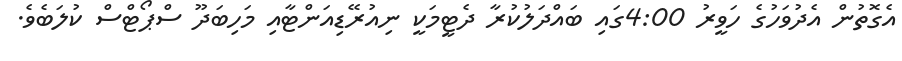
އެގޮތުން އެދުވަހުގެ ހަވީރު 4:00ގައި ބައްދަލުކުރާ ދެޓީމަކީ ނިއުރޭޑިއަންޓާއި މަހިބަދޫ ސްޕޯޓްސް ކުލަބެވެ.